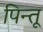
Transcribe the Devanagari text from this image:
पिन्तू